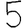
Digit: 5